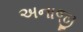
અનાજી